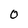
Character: 0